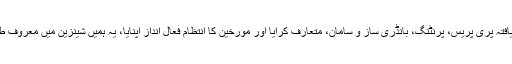
ہم نے درجنوں دنیا کی سب سے زیادہ ترقی یافتہ پری پریس، پرنٹنگ، بانڈری ساز و سامان، متعارف کرایا اور مورخین کا انتظام فعال انداز اپنایا، یہ ہمیں شینزین میں معروف طبعاتی کمپنیوں میں سے ایک بننے بناتا ہے ۔